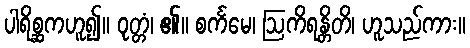
ပါရိစ္ဆကဟူ၍။ ဝုတ္တံ၊ ၏။ စင်္ကမေ၊ ဩကိရန္တိတိ၊ ဟူသည်ကား။